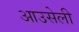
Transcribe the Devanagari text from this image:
आउसेली